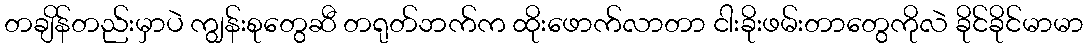
တချိန်တည်းမှာပဲ ကျွန်းစုတွေဆီ တရုတ်ဘက်က ထိုးဖောက်လာတာ ငါးခိုးဖမ်းတာတွေကိုလဲ ခိုင်ခိုင်မာမာ